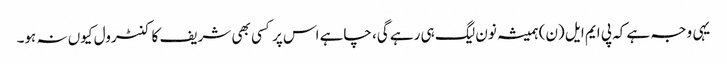
یہی وجہ ہے کہ پی ایم ایل (ن) ہمیشہ نون لیگ ہی رہے گی، چاہے اس پر کسی بھی شریف کا کنٹرول کیوں نہ ہو۔